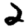
Digit: 2